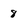
Character: 8